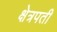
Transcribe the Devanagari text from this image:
क्षेत्रपती